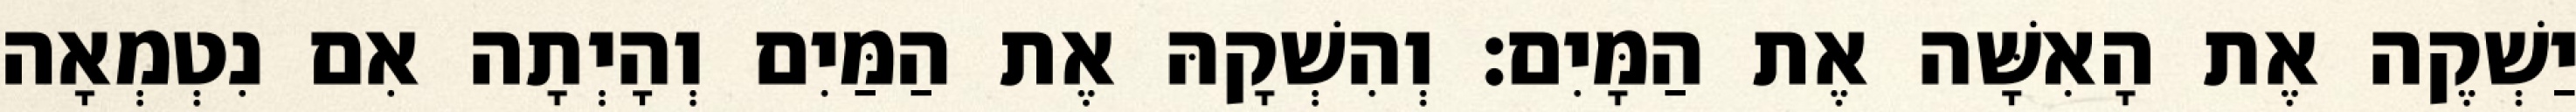
יַשְׁקֶה אֶת הָאִשָּׁה אֶת הַמָּיִם׃ וְהִשְׁקָהּ אֶת הַמַּיִם וְהָיְתָה אִם נִטְמְאָה